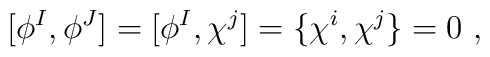
[\phi^I,\phi^J]=[\phi^I,\chi^j]=\{\chi^i,\chi^j\}=0\ ,